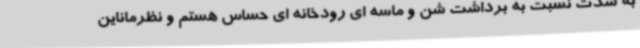
به شدت نسبت به برداشت شن و ماسه ای رودخانه ای حساس هستم و نظرماناین